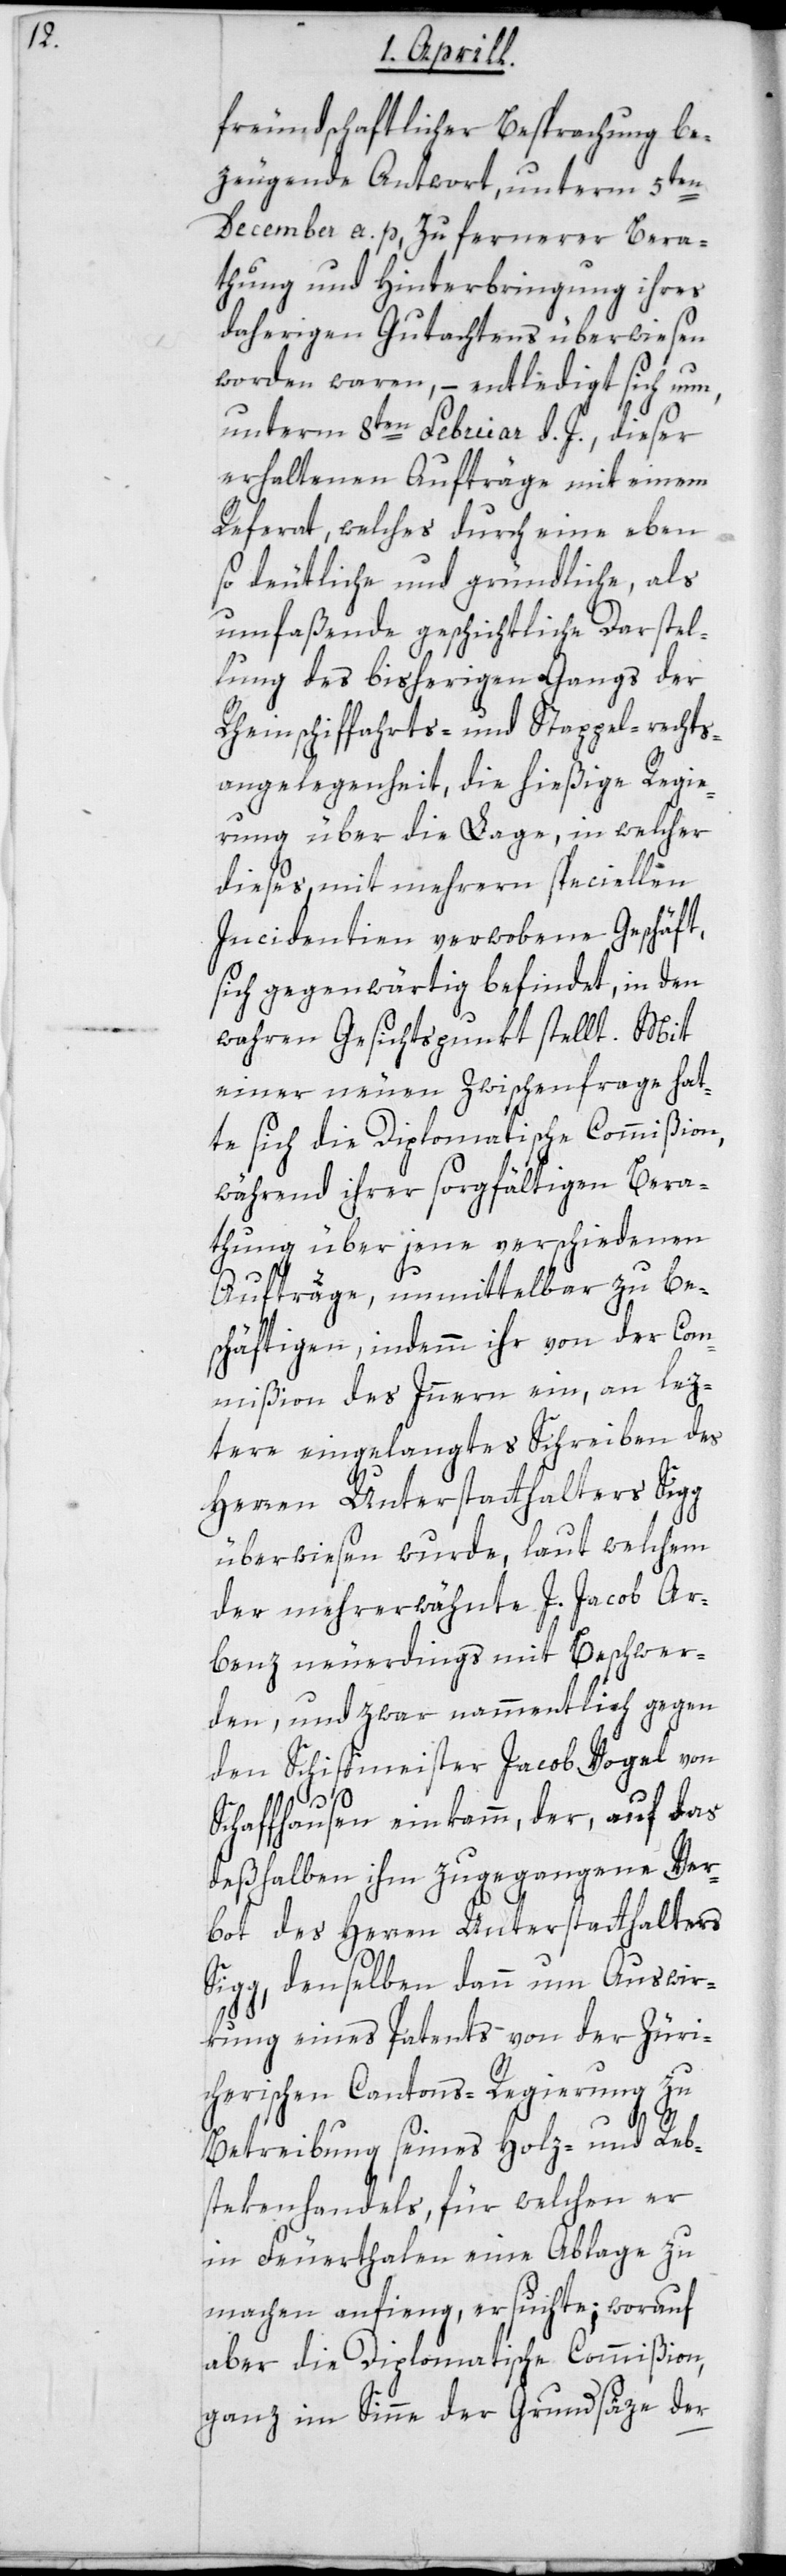
en

freundschaftlicher Besprechung be¬
zeugende Antwort, unterm 5t¬
December a. p. zu fernerer Bera¬
thung und Hinterbringung ihres
daherigen Gutachtens überwiesen
worden waren, – entledigt sich nun,
unterm 8ten Februar d. J., dieser
erhaltenen Aufträge mit einem
Referat, welches durch eine eben
so deutliche und gründliche als
umfaßende geschichtliche Darstel¬
lung des bisherigen Gangs der
Rheinschiffahrts- und Stappel-rechts¬
angelegenheit, die hießige Regie¬
rung über die Lage, in welcher
dieses mit mehrern speciellen
Incidentien verwobene Geschäft
sich gegenwärtig befindet, in den
wahren Gesichtspunkt stellt. Mit
einer neuen Zwischenfrage hat¬
te sich die Diplomatische Commißion,
während ihrer sorgfältigen Bera¬
thung über jene verschiedenen
Aufträge, unmittelbar zu be¬
schäftigen, indemm ihr von der Com¬
mißion des Innern ein, an lez¬
tere eingelangtes Schreiben des
Herren Unterstatthalters Sigg
überwiesen wurde, laut welchem
der mehrerwähnte J. Jacob Ar¬
benz neuerdings mit Beschwer¬
den, und zwar nammentlich gegen
den Schiffmeister Jacob Vogel von
Schaffhausen einkamm, der, auf das
deßhalben ihm zugegangene Ver¬
bot des Herren Unterstatthalters
Sigg, denselben dann um Auswir¬
kung eines Patents von der Züri¬
cherischen Cantons-Regierung zu
Betreibung seines Holz- und Reb¬
stekenhandels, für welchen er
in Feuerthalen eine Ablage zu
machen anfing, ersuchte; worauf
aber die Diplomatische Commißion,
ganz im Sinne der Grundsäze der